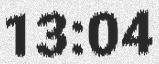
13:04